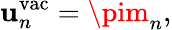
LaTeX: \mathbf{u}_{n}^{\mathrm{{vac}}}=\pim_{n},